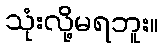
သုံးလို့မရဘူး။